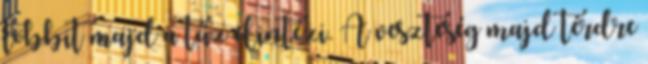
többit majd a tűz elintézi. A veszteség majd térdre